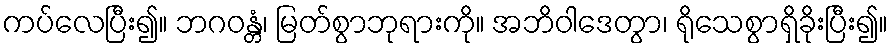
ကပ်လေပြီး၍။ ဘဂဝန္တံ၊ မြတ်စွာဘုရားကို။ အဘိဝါဒေတွာ၊ ရိုသေစွာရှိခိုးပြီး၍။